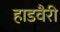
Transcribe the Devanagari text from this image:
हाडवैरी